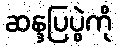
ဆန္ဒပြပွဲကို